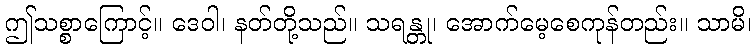
ဤသစ္စာကြောင့်။ ဒေဝါ၊ နတ်တို့သည်။ သရန္တု၊ အောက်မေ့စေကုန်တည်း။ သာမိ၊